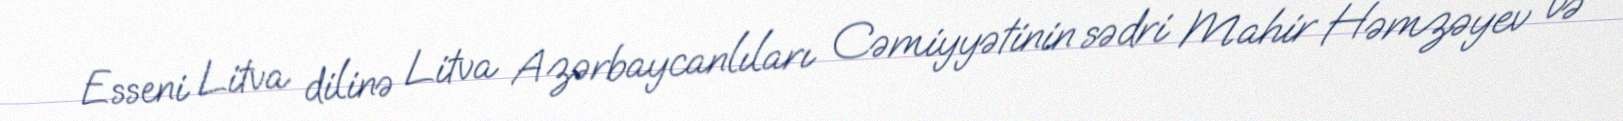
Esseni Litva dilinə Litva Azərbaycanlıları Cəmiyyətinin sədri Mahir Həmzəyev və